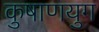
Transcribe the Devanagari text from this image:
कुषाणयुग